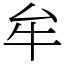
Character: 牟